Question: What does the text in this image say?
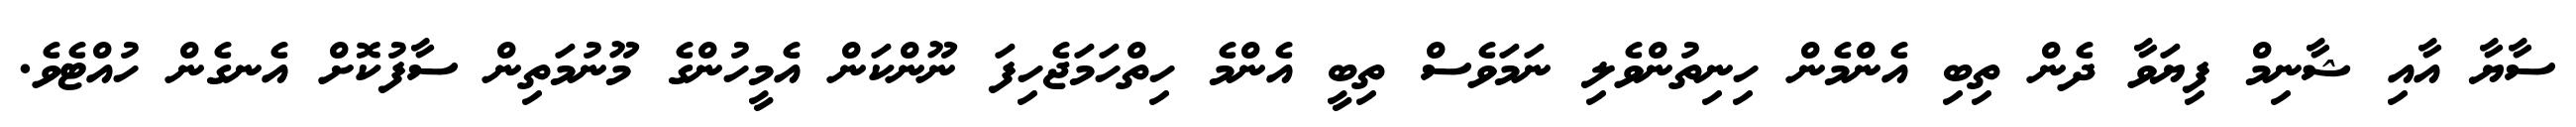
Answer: ސާޔާ އާއި ޝާނިމް ފިޔަވާ ދެން ތިބި އެންމެން ހިނިތުންވެލި ނަމަވެސް ތިބީ އެންމެ ހިތްހަމަޖެހިފަ ނޫންކަން އެމީހުންގެ މޫނުމަތިން ސާފުކޮށް އެނގެން ހުއްޓެވެ.